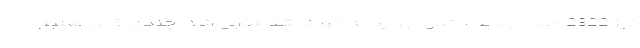
نیز 2322 مورد جدید ابتلای جدید به کرونا شناسایی شد. چندی قبل صلیب